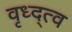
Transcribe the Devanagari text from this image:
वृध्द्त्व